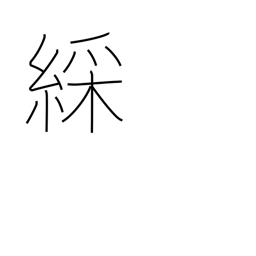
Meaning: colorful